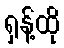
ရှန့်ထို